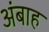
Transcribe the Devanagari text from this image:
अंबाह